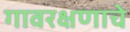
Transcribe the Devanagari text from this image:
गावरक्षणाचे